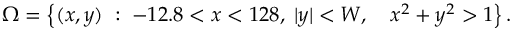
\Omega = \left\lbrace ( x , y ) \; : \; - 1 2 . 8 < x < 1 2 8 , \; | y | < W , \quad x ^ { 2 } + y ^ { 2 } > 1 \right\rbrace .